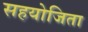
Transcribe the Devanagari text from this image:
सहयोजिता